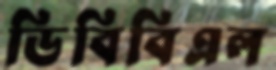
ডিবিবিএল